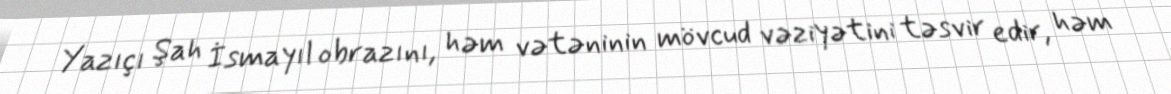
Yazıçı Şah İsmayıl obrazını, həm vətəninin mövcud vəziyətini təsvir edir, həm